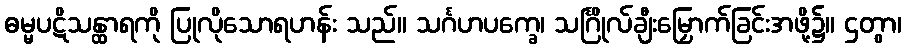
ဓမ္မပဋိသန္ထာရကို ပြုလိုသောရဟန်း သည်။ သင်္ဂဟပက္ခေ၊ သင်္ဂြိုလ်ချီးမြှောက်ခြင်းအဖို့၌။ ဌတွာ၊